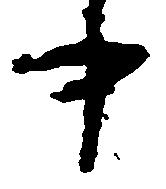
中